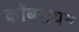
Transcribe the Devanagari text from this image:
कॉबरायन